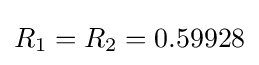
R_{1}=R_{2}=0.59928